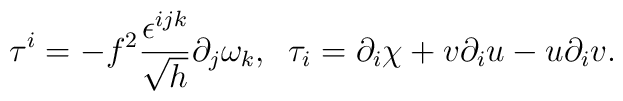
\tau^i=-f^2\frac{\epsilon^{ijk}}{\sqrt{h}}\partial_j\omega_k,\;\;\tau_i=\partial_i\chi +v\partial_iu-u\partial_iv.